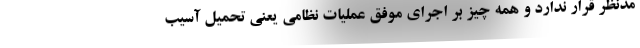
مدنظر قرار ندارد و همه چیز بر اجرای موفق عملیات نظامی یعنی تحمیل آسیب